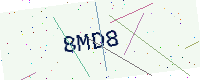
Text: 8MD8